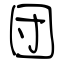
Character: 団